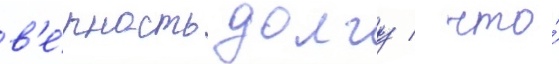
в'е́рность долгу / что́